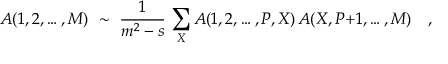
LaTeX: A ( 1 , 2 , \ldots , M ) \ \sim \ { \frac { 1 } { m ^ { 2 } - s } } \, \sum _ { X } A ( 1 , 2 , \ldots , P , X ) \, A ( X , P { + } 1 , \ldots , M ) \quad ,